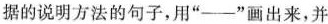
据的说明方法的句子，用”——”画出来，并